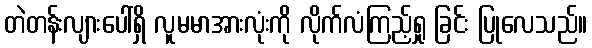
တဲတန်းလျားပေါ်ရှိ လူမမာအားလုံးကို လိုက်လံကြည့်ရှု ခြင်း ပြုလေသည်။